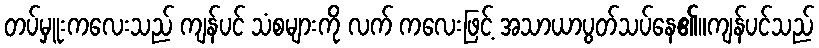
တပ်မှူးကလေးသည် ကျန်ပင် သံစများကို လက် ကလေးဖြင့် အသာယာပွတ်သပ်နေ၏။ကျန်ပင်သည်